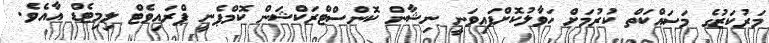
މަރުކަޒުގެ މަސައްކަތް ކުރުމަށް ހަވާލުކޮށްފައިވަނީ ނިޝާން ކޮންސްޓްރަކްޝަން ކޮމްޕެނީ ޕްރައިވެޓް ލިމިޓެޑް އާއެވެ.